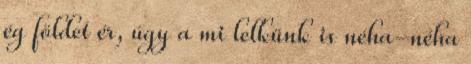
ég földet ér, úgy a mi lelkünk is néha-néha